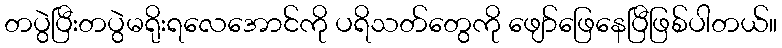
တပွဲပြီးတပွဲမရိုးရလေအောင်ကို ပရိသတ်တွေကို ဖျော်ဖြေနေပြီဖြစ်ပါတယ်။